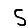
Digit: 5